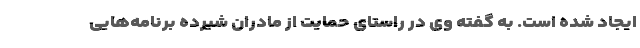
ایجاد شده است. به گفته‌ وی در راستای حمایت از مادران شیرده برنامه‌هایی